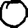
Digit: 0